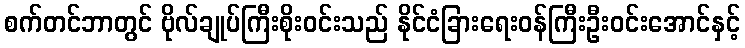
စက်တင်ဘာတွင် ဗိုလ်ချုပ်ကြီးစိုးဝင်းသည် နိုင်ငံခြားရေးဝန်ကြီးဦးဝင်းအောင်နှင့်